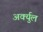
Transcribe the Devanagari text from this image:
अर्क्युल